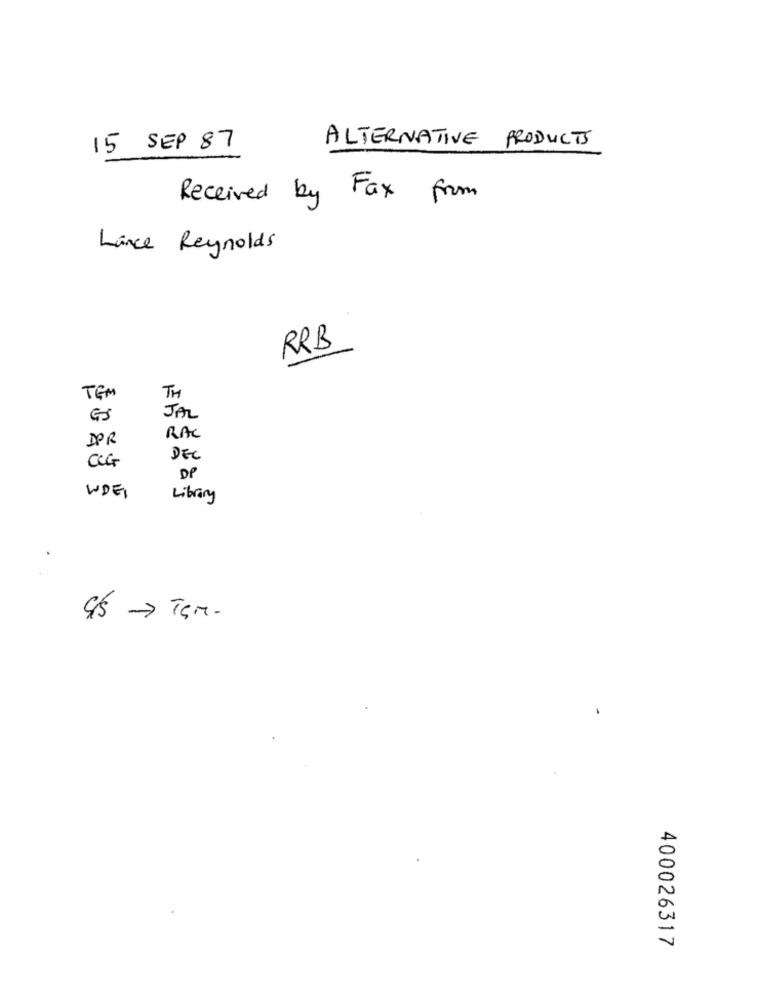
ALTERNATIVE PRODUCTS
15 SEP 87
Received by Fax from
Lince Reynolds
RRB
TH
TEM
JAL
RAC
DPR
CCG
DEL
DP
WDET
Library
400026317